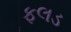
ફલડ